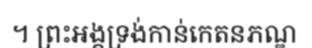
។ ព្រះអង្គទ្រង់កាន់កេតនភណ្ឌ